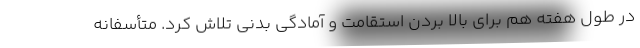
در طول هفته هم برای بالا بردن استقامت و آمادگی بدنی تلاش کرد. متأسفانه